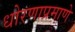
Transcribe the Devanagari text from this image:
धोरणाप्रमाणे